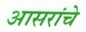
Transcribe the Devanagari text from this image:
आसरांचे